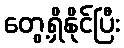
တွေ့ရှိနိုင်ပြီး